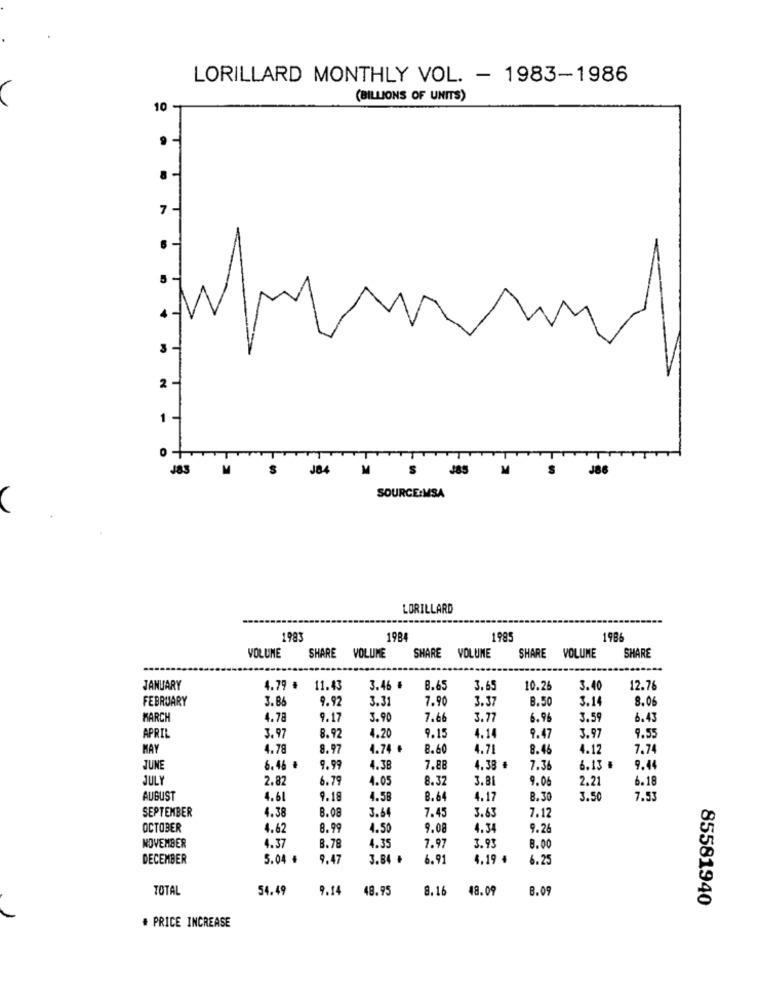
LORILLARD MONTHLY VOL. - 1983-1986
(BILLIONS OF UNITS)
10
7 -
2
J83
M
J84
M
J85
J86
SOURCE:MSA
LORILLARD
1983
1984
1985
1986
VOLUME
VOLUME
VOLUME
SHARE
SHARE
SHARE VOLUME
SHARE
----
JANUARY
4.79 . 11.43
3.46 #
8.65
3.65
10.26
3.40
12.76
FEBRUARY
3.86
9.92
3.31
7.90
3.37
8.50
3.14
8.06
MARCH
4.78
9.17
3.90
7.66
3.77
6.96
3.5
6.43
3.97
4.20
3.97
APRIL
8.92
9.15
4.14
9.47
9.55
MAY
4.78
8.97
4.74 +
8.6
4.71
8.46
4.12
7.74
JUNE
6.46 ₺
9.99
4.38
7.88
4.38 €
7.36
6.13 .
9.44
JULY
2.82
6.79
4.05
8.32
3.81
7.06
2.2
6.18
AUGUST
4.61
9.18
4.58
8.64
4.17
8. 30
3.50
7.53
3.64
7.12
SEPTEMBER
4.38
8.08
7.45
3.63
OCTOBER
1.62
8.99
4.50
9.08
4.34
9.26
8.00
NOVEMBER
4.37
8.78
4.35
7.97
3.93
DECEMBER
5.04 +
9.47
3.84 +
6.9
4.19 4
6.25
TOTAL
54.49
9.14
48.95
8.16
48.09
8.09
85581940
# PRICE INCREASE